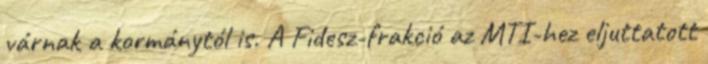
várnak a kormánytól is. A Fidesz-frakció az MTI-hez eljuttatott